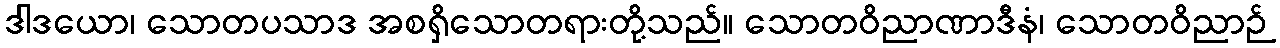
ဒါဒယော၊ သောတပသာဒ အစရှိသောတရားတို့သည်။ သောတဝိညာဏာဒီနံ၊ သောတဝိညာဉ်